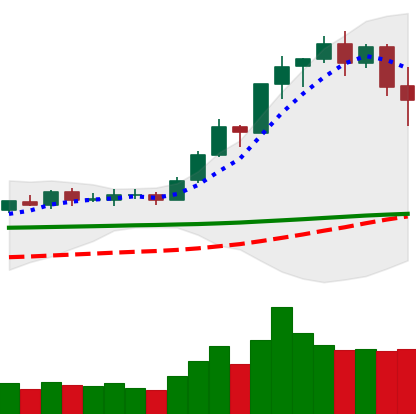
Ticker: BNB-USD
Chart end date: 2020-02-16
Forward return: -5.461%
Label: down_5_7